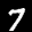
Label: 7